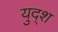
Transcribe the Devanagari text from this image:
युद्श